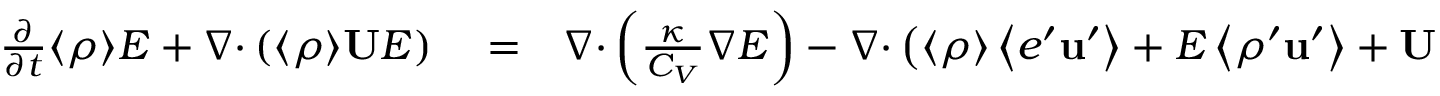
\begin{array} { r l r } { \frac { \partial } { \partial t } \langle { \rho } \rangle E + { \boldsymbol { \nabla } } { \boldsymbol { \cdot } } \left( { \langle { \rho } \rangle { \bf { U } } E } \right) } & { { } = } & { { \boldsymbol { \nabla } } { \boldsymbol { \cdot } } \left( { \frac { \kappa } { C _ { V } } { \boldsymbol { \nabla } } E } \right) - { \boldsymbol { \nabla } } { \boldsymbol { \cdot } } \left( { \langle { \rho } \rangle \left\langle { e ^ { \prime } { \bf { u } } ^ { \prime } } \right\rangle + E \left\langle { \rho ^ { \prime } { \bf { u } } ^ { \prime } } \right\rangle + { \bf { U } } \left\langle { \rho ^ { \prime } e ^ { \prime } } \right\rangle } \right) } \end{array}